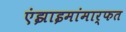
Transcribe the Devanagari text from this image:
एंझाइमांमार्फत